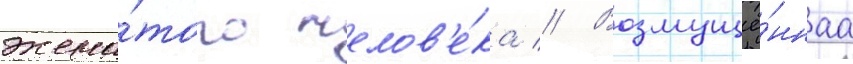
жена́того челов'е́ка // Возмущё́ннаа